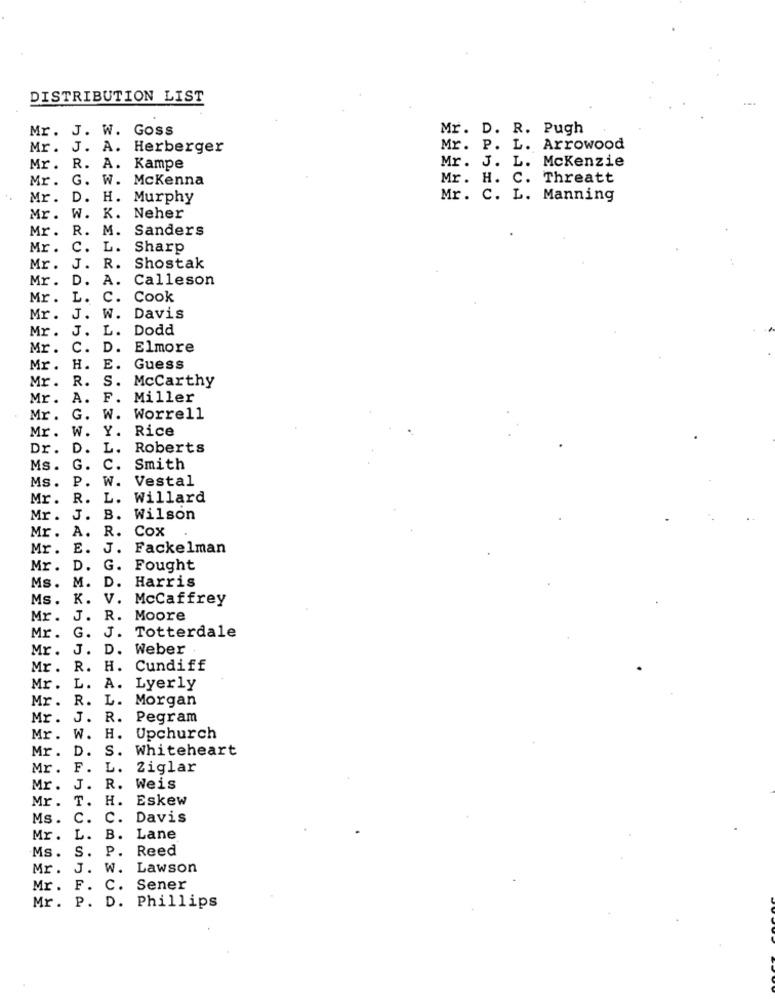
DISTRIBUTION LIST
Mr. J. W. Goss
Mr. D. R. Pugh
Mr. J. A. Herberger
Mr. P. L. Arrowood
Mr. J. L. Mckenzie
Mr. R. A. Kampe
Mr. G. W. Mckenna
Mr. H. C. Threatt
Mr. D. H. Murphy
Mr. C. L. Manning
Mr. W. K. Neher
Mr.
R. M. Sanders
Mr .
c.
L. Sharp
Mr.
J.
R. Shostak
Mr. D.
A. Calleson
Mr. L.
C. Cook
Mr.
J.
W. Davis
Mr.
J.
L. Dodd
Mr.
c.
D. Elmore
Mr.
H.
E.
Guess
R.
S.
Mccarthy
Mr.
Mr.
A.
F.
Miller
Mr .
G.
W.
Worrell
Y. Rice
Mr.
W.
Dr.
D.
L.
Roberts
Ms.
G.
c.
Smith
P.
W. Vestal
Ms.
Mr.
R.
L. Willard
Mr .
J.
B.
Wilson
R.
Cox
Mr.
A.
Mr .
E.
J. Fackelman
Mr.
D.
G.
Fought
M.
Harris
Ms.
D.
Ms.
K.
v.
McCaffrey
Mr.
J.
R. Moore
Mr.
G.
J. Totterdale
Mr.
J.
D. Weber
Mr .
R. H. Cundiff
Mr. L.
A. Lyerly
Mr. R.
L. Morgan
Mr.
J. R. Pegram
Mr.
W. H. Upchurch
Mr. D.
S.
Whiteheart
Mr. F.
L.
Ziglar
Mr. J.
R. Weis
T.
H.
Eskew
Mr.
Ms. C.
c.
Davis
Mr.
L.
B.
Lane
Ms.
S.
P.
Reed
Mr.
J. W.
Lawson
Mr.
F. C. Sener
Mr. P. D. Phillips